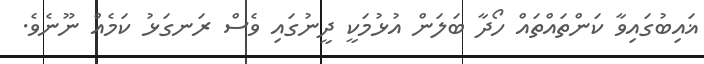
ޣައިބުގައިވާ ކަންތައްތައް ހޯދާ ބަލަން އުޅުމަކީ ދީނުގައި ވެސް ރަނގަޅު ކަމެއް ނޫނެވެ.